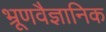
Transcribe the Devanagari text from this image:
भ्रूणवैज्ञानिक